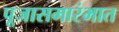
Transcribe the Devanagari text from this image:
पूजासमारंभात